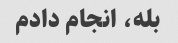
بله، انجام دادم